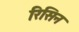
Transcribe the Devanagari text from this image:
रिसिन